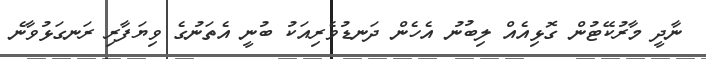
ނާދީ މާރުކޭޓުން ގޮޅިއެއް ލިބުނު އެހެން ދަނޑުވެރިއަކު ބުނީ އެތަނުގެ ވިޔަފާރި ރަނގަޅުވާނެ